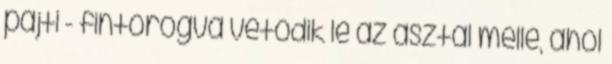
pajti - fintorogva vetődik le az asztal mellé, ahol